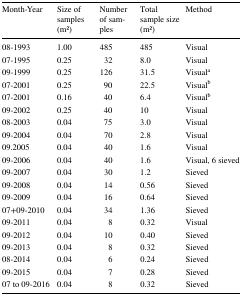
| Month-Year | Size of samples (m2) | Number of samples | Total sample size (m2) | Method |
 | --- | --- | --- | --- | --- |
 | 08-1993 | 1.00 | 485 | 485 | Visual |
 | 07-1995 | 0.25 | 32 | 8.0 | Visual |
 | 09-1999 | 0.25 | 126 | 31.5 | Visuala |
 | 07-2001 | 0.25 | 90 | 22.5 | Visualb |
 | 07-2001 | 0.16 | 40 | 6.4 | Visualb |
 | 09-2002 | 0.25 | 40 | 10 | Visual |
 | 08-2003 | 0.04 | 75 | 3.0 | Visual |
 | 09-2004 | 0.04 | 70 | 2.8 | Visual |
 | 09.2005 | 0.04 | 40 | 1.6 | Visual |
 | 09-2006 | 0.04 | 40 | 1.6 | Visual, 6 sieved |
 | 09-2007 | 0.04 | 30 | 1.2 | Sieved |
 | 09-2008 | 0.04 | 14 | 0.56 | Sieved |
 | 09-2009 | 0.04 | 16 | 0.64 | Sieved |
 | 07+09-2010 | 0.04 | 34 | 1.36 | Sieved |
 | 09-2011 | 0.04 | 8 | 0.32 | Visual |
 | 09-2012 | 0.04 | 10 | 0.40 | Sieved |
 | 09-2013 | 0.04 | 8 | 0.32 | Sieved |
 | 08-2014 | 0.04 | 6 | 0.24 | Sieved |
 | 09-2015 | 0.04 | 7 | 0.28 | Sieved |
 | 07 to 09-2016 | 0.04 | 8 | 0.32 | Sieved |